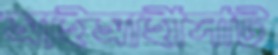
আইআইসিটি